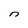
Character: n